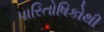
પારિતોષિકોથી